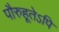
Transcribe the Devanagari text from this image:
पौरुहूतेऽपि